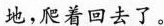
地，着回去了。